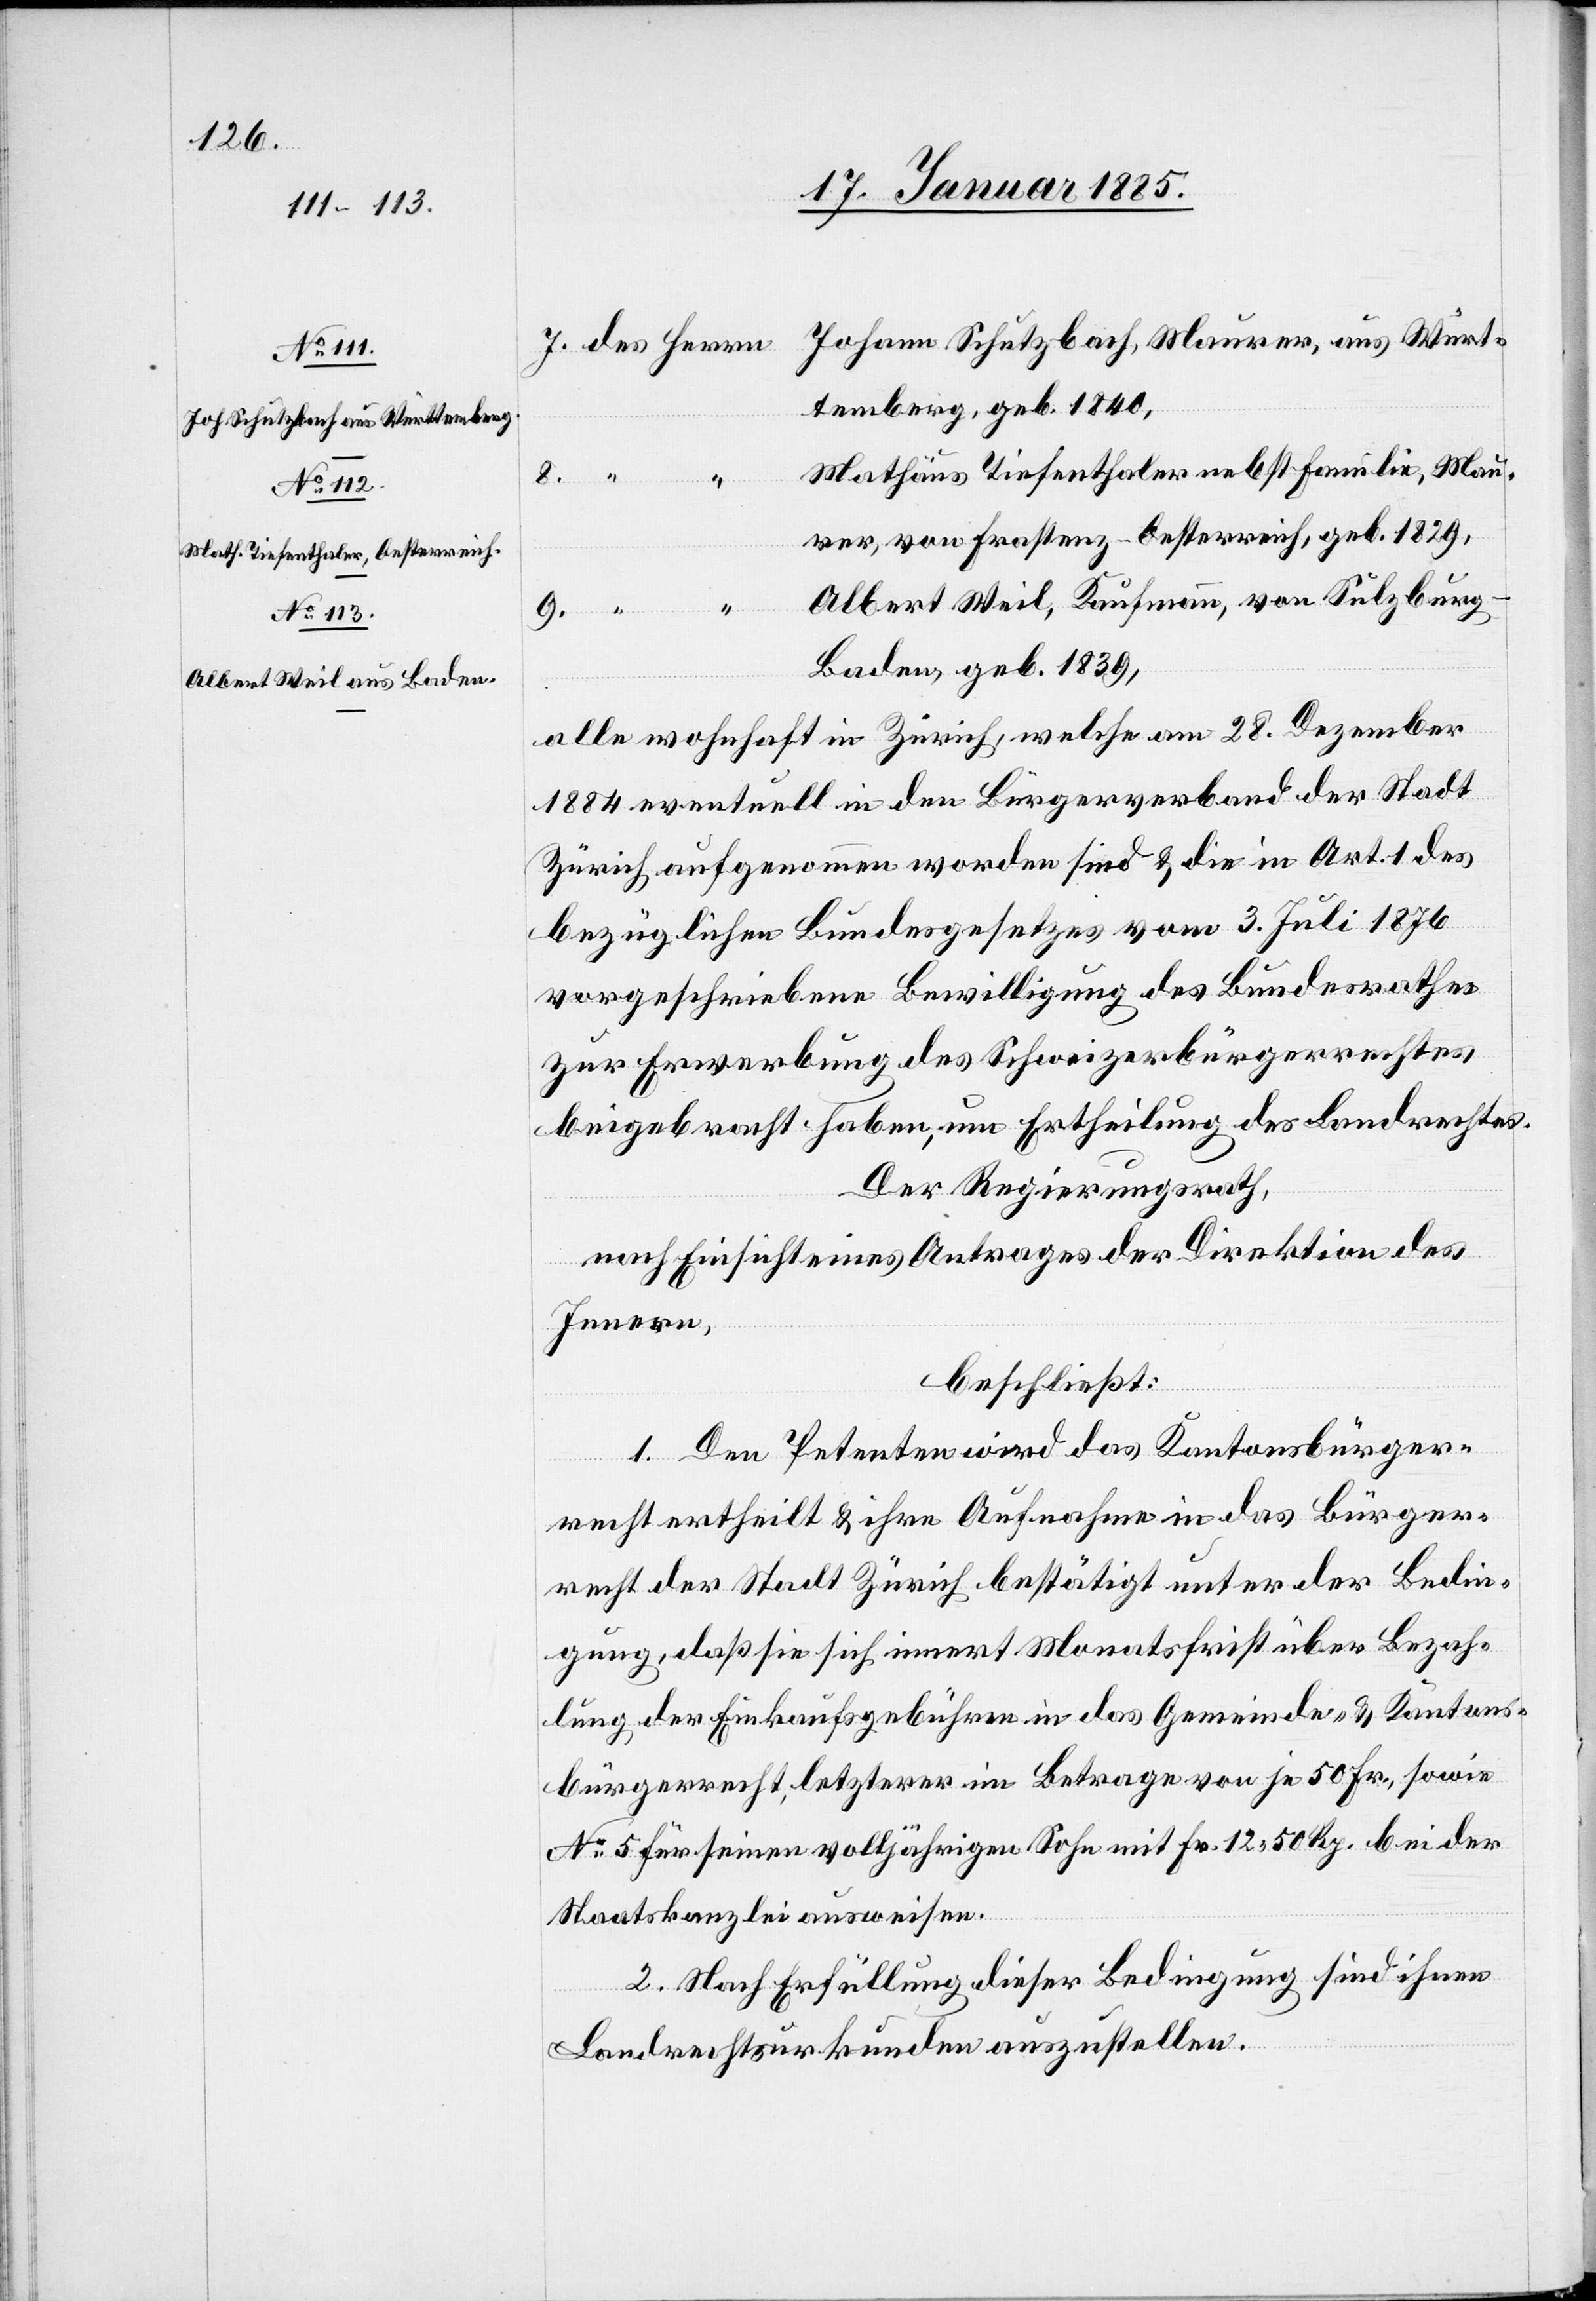
2.247

Johann Schutzbach, Maurer, aus Würt¬
temberg, geb. 1840,
Mathäus Tiefenthaler nebst Familie, Mau¬
9.
rer, von Frastenz - Oesterreich, geb. 1829,
Albert Weil, Kaufmann, von Sulzburg
Baden, geb. 1839,
alle wohnhaft in Zürich, welche am 28. Dezember
1884 eventuell in den Bürgerverband der Stadt
Zürich aufgenommen worden sind & die in Art. 1 des
bezüglichen Bundesgesetzes vom 3. Juli 1876
vorgeschriebene Bewilligung des Bundesrathes
zur Erwerbung des Schweizerbürgerrechtes
beigebracht haben, um Ertheilung des Landrechtes.
Der Regierungsrath,
nach Einsicht eines Antrages der Direktion des
Innern,
beschließt:
1. Den Petenten wird das Kantonsbürger¬
8.
recht ertheilt & ihre Aufnahme in das Bürger¬
recht der Stadt Zürich bestätigt unter der Bedin¬
gung, daß sie sich innert Monatsfrist über Bezah¬
lung der Einkaufsgebühren in das Gemeinde- & Kantons¬
bürgerrecht, letzterer im Betrage von je 50 Fr., sowie
No 5 für seinen volljährigen Sohn mit Fr. 12 50 Rp. bei der
Staatskanzlei ausweisen.
2. Nach Erfüllung dieser Bedingung sind ihnen
Herrn]
Landrechtsurkunden auszustellen.